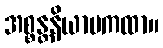
အစ္စန္တနိယာမကထာ။